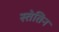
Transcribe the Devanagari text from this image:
स्तेतिन